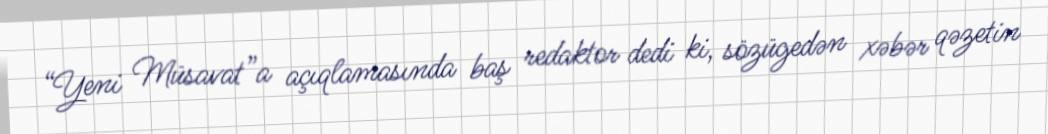
“Yeni Müsavat”a açıqlamasında baş redaktor dedi ki, sözügedən xəbər qəzetin